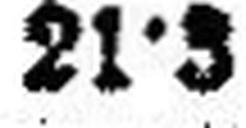
21·3